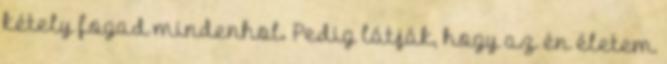
kétely fogad mindenhol. Pedig látják, hogy az én életem